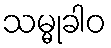
သမ္မုခါဝ